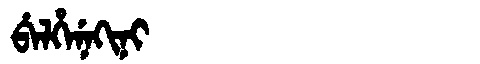
Manchu: ᠪᡝᠯᡥᡝᠨᡝᡴᡳᠨᡳ
Romanization: BELHENEKINI